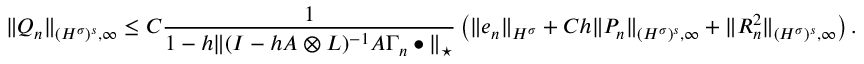
\| Q _ { n } \| _ { { ( H ^ { \sigma } ) ^ { s } } , \infty } \leq C \frac { 1 } { 1 - h \| ( I - h A \otimes L ) ^ { - 1 } A \Gamma _ { n } \bullet \| _ { \star } } \left( \| e _ { n } \| _ { H ^ { \sigma } } + C h \| P _ { n } \| _ { { ( H ^ { \sigma } ) ^ { s } } , \infty } + \| R _ { n } ^ { 2 } \| _ { { ( H ^ { \sigma } ) ^ { s } } , \infty } \right) .